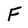
Character: F